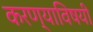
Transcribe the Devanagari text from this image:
करण्‍याविषयी